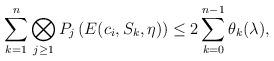
LaTeX: \begin{align*}\sum_{k=1}^{n} \bigotimes_{j\geq 1}P_j \left(E(c_i,S_k,\eta) \right)\leq 2\sum_{k=0}^{n-1}\theta_k(\lambda),\end{align*}